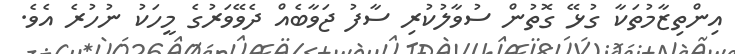
އިންތިޒާމުތަކާ ގުޅޭ ގޮތުން ސުވާލުކުރި ސާފު ޖަވާބެއް ދެވޭވަރުގެ މީހަކު ނުހުރެ އެވެ.